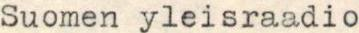
Suomen yleisraadio